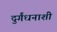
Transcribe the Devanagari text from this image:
दुर्गंधनाशी